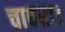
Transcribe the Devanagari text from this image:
चावरा।